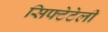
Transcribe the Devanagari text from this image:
सिफ्टेटेली